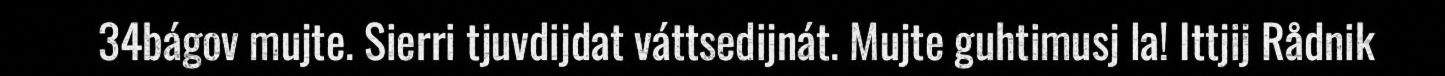
34bágov mujte. Sierri tjuvdijdat váttsedijnát. Mujte guhtimusj la! Ittjij Rådnik